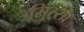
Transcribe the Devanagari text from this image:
सिरसा